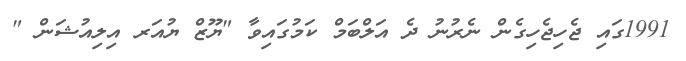
1991ގައި ޖެހިޖެހިގެން ނެރުނު ދެ އަލްބަމް ކަމުގައިވާ "ޔޫޒް ޔުއަރ އިލިއުޝަން "